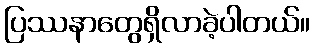
ပြဿနာတွေရှိလာခဲ့ပါတယ်။